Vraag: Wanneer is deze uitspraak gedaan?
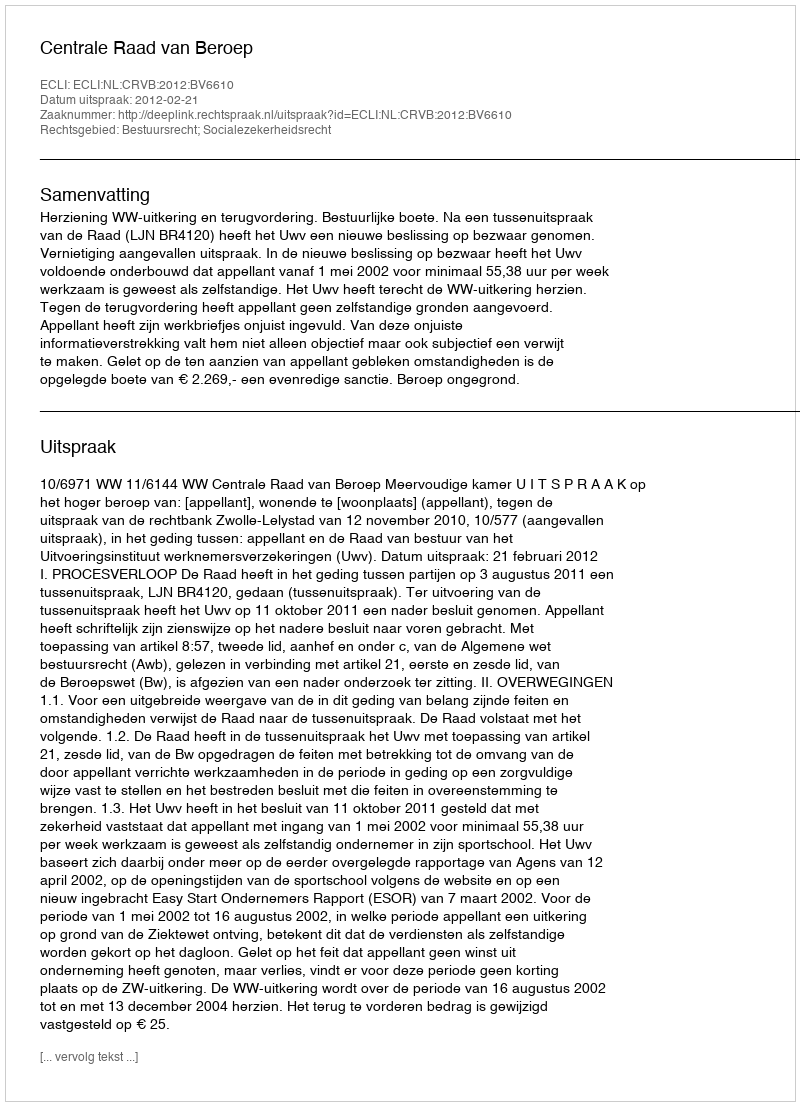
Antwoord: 2012-02-21